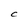
Character: C